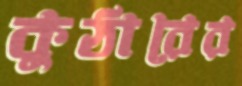
কুঠারের